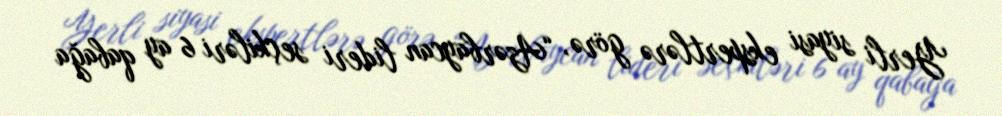
Yerli siyasi ekspertlərə görə, “Azərbaycan lideri seçkiləri 6 ay qabağa